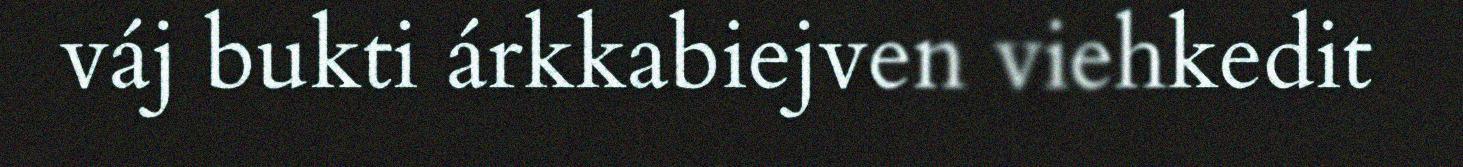
váj bukti árkkabiejven viehkedit